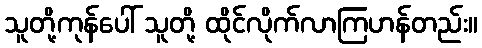
သူတို့ကုန်ပေါ် သူတို့ ထိုင်လိုက်လာကြဟန်တည်း။